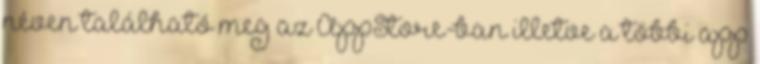
néven található meg az AppStore-ban illetve a többi app